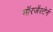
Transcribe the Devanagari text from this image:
मॉरजेंस्टेर्न